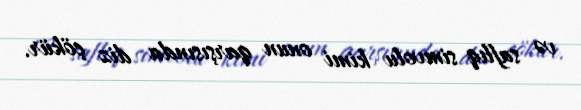
və saflıq simvolu kimi onun qarşısında diz çökür.